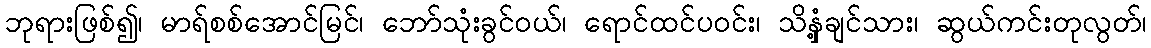
ဘုရားဖြစ်၍၊ မာရ်စစ်အောင်မြင်၊ ဘော်သုံးခွင်ဝယ်၊ ရောင်ထင်ပဝင်း၊ သိနှံ့ချင်သား၊ ဆွယ်ကင်းတုလွတ်၊